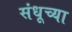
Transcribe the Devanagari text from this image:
संधूच्या